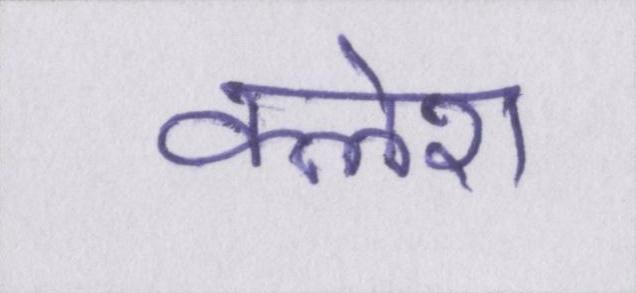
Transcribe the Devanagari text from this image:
क्लेश